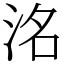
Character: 洺